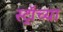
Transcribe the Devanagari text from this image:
स्ट्रॉच्या